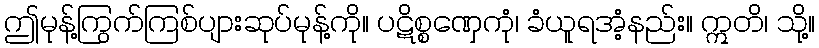
ဤမုန့်ကြွက်ကြစ်ပျားဆုပ်မုန့်ကို။ ပဋိစ္စဏှေကုံ၊ ခံယူရအံ့နည်း။ ဣတိ၊ သို့။